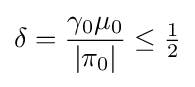
\delta ={\frac {\gamma _{0}\mu _{0}}{|\pi _{0}|}}\leq {\tfrac {1}{2}}